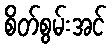
စိတ်စွမ်းအင်